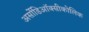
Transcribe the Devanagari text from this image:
अर्सोडिऑक्सीकोलिक